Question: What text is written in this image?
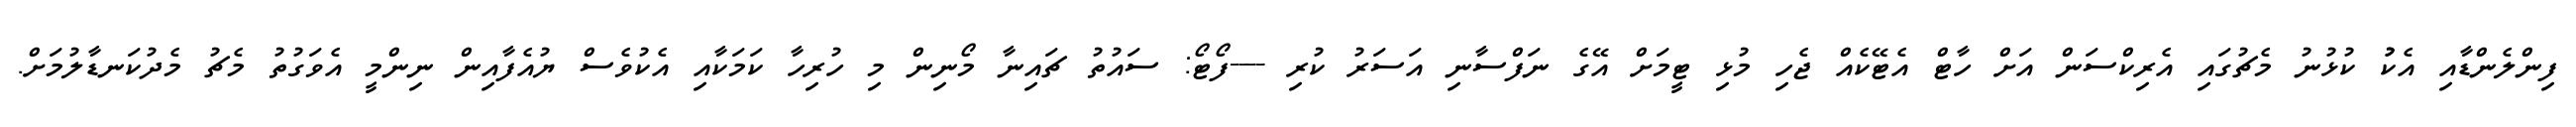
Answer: ފިންލެންޑާއި އެކުު ކުޅުނު މެޗުގައި އެރިކްސަން އަށް ހާޓް އެޓޭކެއް ޖެހި މުޅި ޓީމަށް އޭގެ ނަފްސާނި އަސަރު ކުރި ----ފޯޓޯ: ސައުތު ޗައިނާ މޯނިން މި ހުރިހާ ކަމަކާއި އެކުވެސް ޔުއެފާއިން ނިންމީ އެވަގުތު މެޗު މެދުކަނޑާލުމަށް.